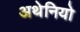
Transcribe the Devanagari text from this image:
अथेनियो